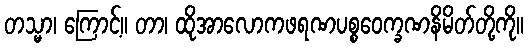
တသ္မာ၊ ကြောင့်။ တာ၊ ထိုအာလောကဖရဏပစ္စဝေက္ခဏနိမိတ်တို့ကို။